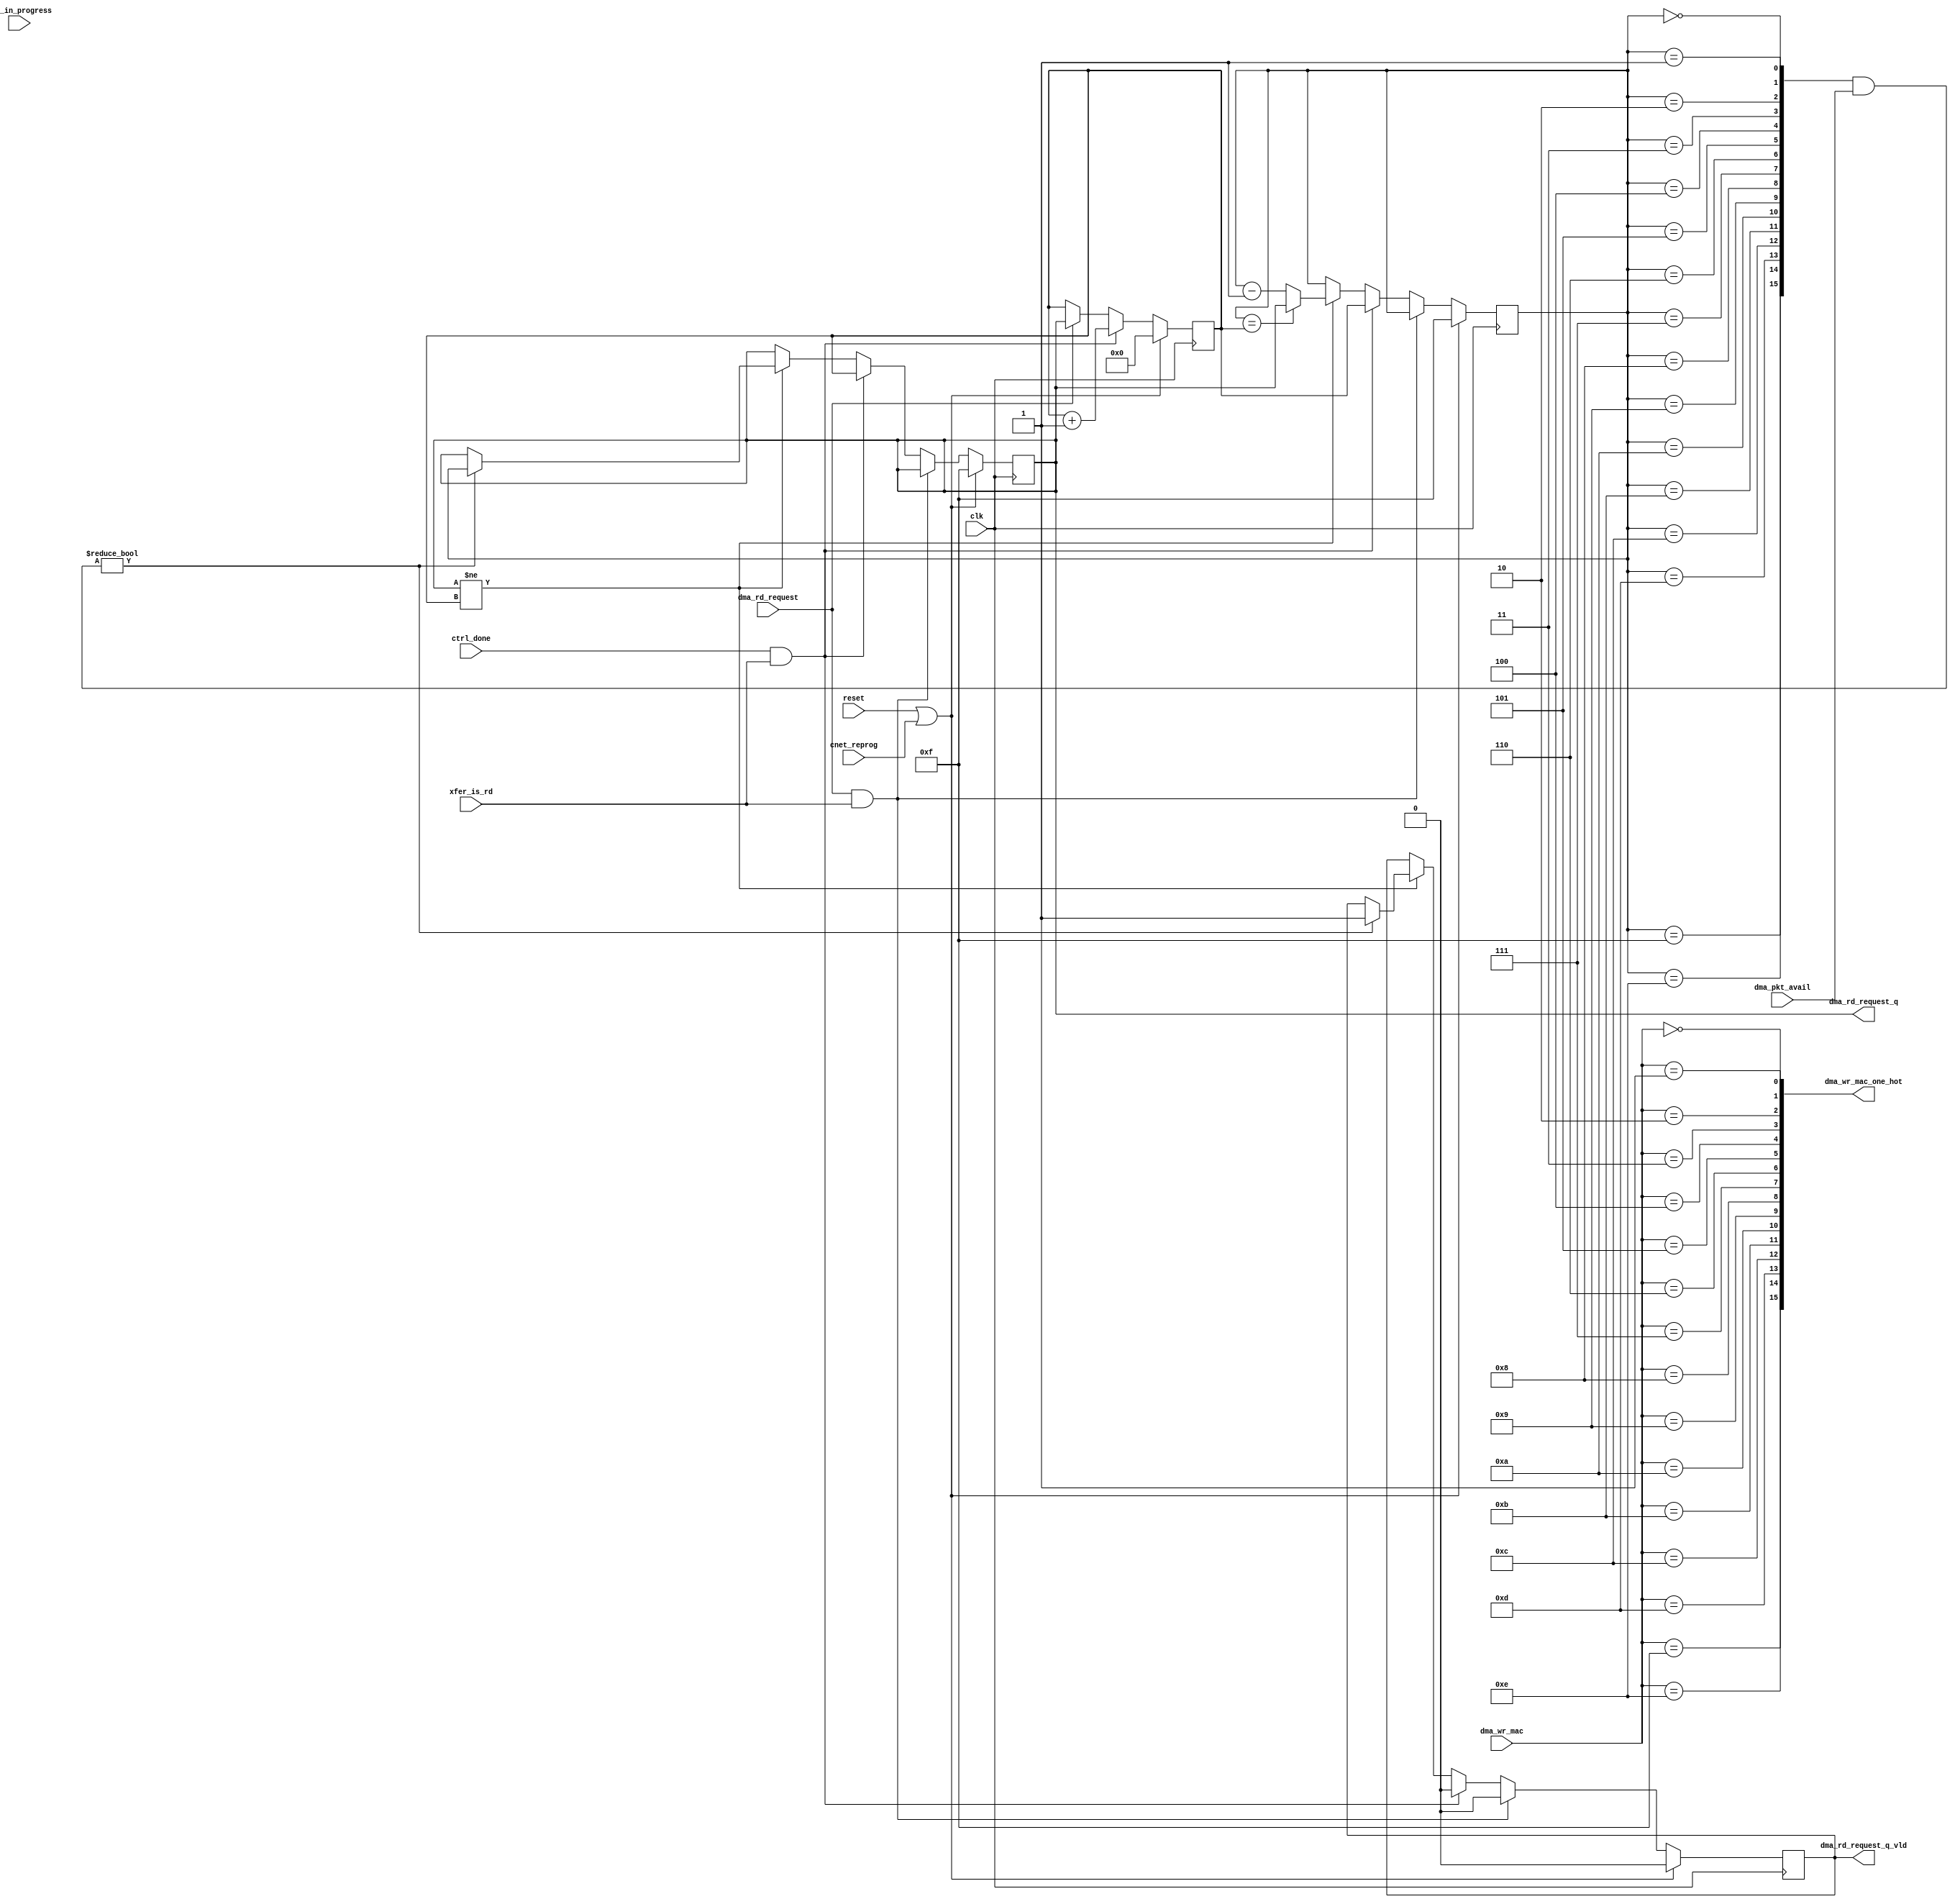
module dma_engine_rr_arb (
            // CPCI register interface signals
            input [3:0]    dma_wr_mac,    // Which MAC to write data to

            // CNET DMA interface signals
            input [15:0]   dma_pkt_avail, // Packets available in which buffers in CNET
            input          dma_rd_request, // Request packet from buffer 

            // DMA engine signals
            output reg [3:0] dma_rd_request_q,
            output [15:0]  dma_wr_mac_one_hot,

            output reg     dma_rd_request_q_vld,

            input          ctrl_done,

            input          dma_in_progress,
            input          xfer_is_rd,

            // Miscelaneous signals
            input          cnet_reprog,   // Indicates that the CNET is 
                                          // currently being reprogrammed

            input          reset,
            input          clk
         );


// ==================================================================
// Local
// ==================================================================

// Round robin lookup for reads
reg [3:0] pref_to_read;
reg [3:0] mac_search;
wire [15:0] mac_search_one_hot;

// ==================================================================
// Round robin allocator
// ==================================================================

always @(posedge clk)
begin
   // On either reset or the CNET being reprogrammed, reset to MAC0
   if (reset || cnet_reprog)
      pref_to_read <= 4'h0;
   // Rotate to the next MAC when this one is done
   else if (ctrl_done && xfer_is_rd)
      pref_to_read <= pref_to_read + 'h1;
   // Work out which MAC is being read
   else if (dma_rd_request)
      pref_to_read <= dma_rd_request_q;
end

always @(posedge clk)
begin
   // On either reset or the CNET being reprogrammed, reset to MAC0
   if (reset || cnet_reprog) begin
      dma_rd_request_q <= 4'hf;
      mac_search <= 4'hf;
      dma_rd_request_q_vld <= 1'b0;
   end
   else if (dma_rd_request && xfer_is_rd) begin
      dma_rd_request_q_vld <= 1'b0;
   end
   else if (ctrl_done && xfer_is_rd) begin
      dma_rd_request_q <= pref_to_read;
      mac_search <= pref_to_read;
      dma_rd_request_q_vld <= 1'b0;
   end
   // Work out which mac to request a packet from
   else begin
      // Keep searching until the mac we're requesting from is the one we'd
      // prefer to read next
      if (dma_rd_request_q != pref_to_read) begin
         // Search between the current best match and pref_to_read
         // Don't need to consider matches that aren't as good.
         if (mac_search == pref_to_read)
            mac_search <= dma_rd_request_q;
         else
            mac_search <= mac_search - 'h1;

         // If we find a match, then update the dma_rd_request_q signal to
         // reflect this
         if (mac_search_one_hot & dma_pkt_avail) begin
            dma_rd_request_q <= mac_search;
            dma_rd_request_q_vld <= 1'b1;
         end
      end
   end
end

// Work out which MAC to request the next packet from
assign dma_wr_mac_one_hot = {dma_wr_mac == 4'h f,
                             dma_wr_mac == 4'h e,
                             dma_wr_mac == 4'h d,
                             dma_wr_mac == 4'h c,
                             dma_wr_mac == 4'h b,
                             dma_wr_mac == 4'h a,
                             dma_wr_mac == 4'h 9,
                             dma_wr_mac == 4'h 8,
                             dma_wr_mac == 4'h 7,
                             dma_wr_mac == 4'h 6,
                             dma_wr_mac == 4'h 5,
                             dma_wr_mac == 4'h 4,
                             dma_wr_mac == 4'h 3,
                             dma_wr_mac == 4'h 2,
                             dma_wr_mac == 4'h 1,
                             dma_wr_mac == 4'h 0};

assign mac_search_one_hot = {mac_search == 4'h f,
                             mac_search == 4'h e,
                             mac_search == 4'h d,
                             mac_search == 4'h c,
                             mac_search == 4'h b,
                             mac_search == 4'h a,
                             mac_search == 4'h 9,
                             mac_search == 4'h 8,
                             mac_search == 4'h 7,
                             mac_search == 4'h 6,
                             mac_search == 4'h 5,
                             mac_search == 4'h 4,
                             mac_search == 4'h 3,
                             mac_search == 4'h 2,
                             mac_search == 4'h 1,
                             mac_search == 4'h 0};

endmodule